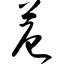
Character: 苊